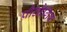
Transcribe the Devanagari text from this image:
प्रौद्यौगिक